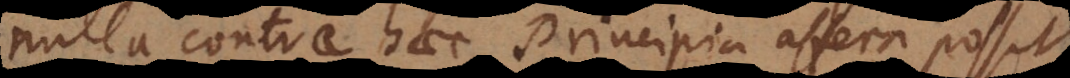
nulla contra haec Principia afferri posset